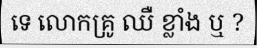
ទេ លោកគ្រូ ឈឺ ខ្លាំង ឬ ?